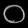
Digit: ၀